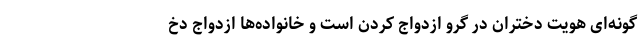
گونه‌ای هویت دختران در گرو ازدواج کردن است و خانواده‌ها ازدواج دخ